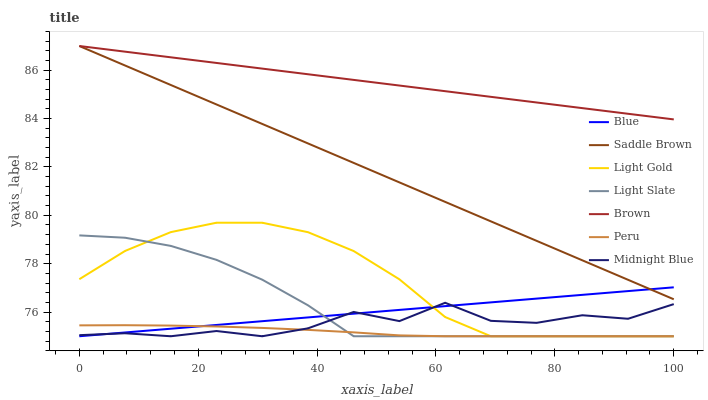
| xaxis_label | Blue | Saddle Brown | Light Gold | Light Slate | Brown | Peru | Midnight Blue |
 | --- | --- | --- | --- | --- | --- | --- | --- |
 | 0 | 75 | 87 | 77.4 | 79.2 | 87 | 75.5 | 75 |
 | 7.69 | 75.2 | 86.2 | 78.5 | 79.1 | 86.8 | 75.5 | 75.1 |
 | 15.4 | 75.3 | 85.4 | 79.3 | 78.7 | 86.5 | 75.4 | 75 |
 | 23.1 | 75.5 | 84.6 | 79.7 | 78.2 | 86.3 | 75.4 | 75.2 |
 | 30.8 | 75.6 | 83.8 | 79.7 | 77.3 | 86.1 | 75.3 | 75 |
 | 38.5 | 75.8 | 83 | 79.3 | 76.3 | 85.8 | 75.3 | 75.3 |
 | 46.2 | 75.9 | 82.2 | 78.5 | 75 | 85.6 | 75.2 | 76 |
 | 53.8 | 76.1 | 81.4 | 77.4 | 75 | 85.4 | 75 | 75.6 |
 | 61.5 | 76.2 | 80.6 | 75.8 | 75 | 85.1 | 75 | 76.4 |
 | 69.2 | 76.4 | 79.8 | 75 | 75 | 84.9 | 75 | 75.6 |
 | 76.9 | 76.6 | 78.9 | 75 | 75 | 84.7 | 75 | 75.6 |
 | 84.6 | 76.7 | 78.1 | 75 | 75 | 84.4 | 75 | 75.9 |
 | 92.3 | 76.9 | 77.3 | 75 | 75 | 84.2 | 75 | 75.7 |
 | 100 | 77 | 76.5 | 75 | 75 | 84 | 75 | 76.3 |